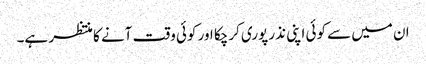
ان میں سے کوئی اپنی نذر پوری کرچکا اور کوئی وقت آنے کا منتظر ہے۔